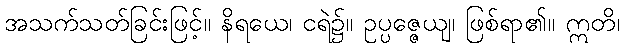
အသက်သတ်ခြင်းဖြင့်။ နိရယေ၊ ငရဲ၌။ ဥပ္ပဇ္ဇေယျ၊ ဖြစ်ရာ၏။ ဣတိ၊